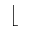
\lfloor